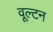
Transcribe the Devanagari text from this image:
वूल्टन